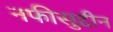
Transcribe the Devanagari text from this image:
नफीसुद्दीन